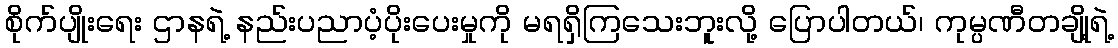
စိုက်ပျိုးရေး ဌာနရဲ့ နည်းပညာပံ့ပိုးပေးမှုကို မရရှိကြသေးဘူးလို့ ပြောပါတယ်၊ ကုမ္ပဏီတချို့ရဲ့